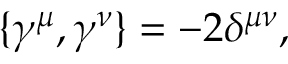
\{ \gamma ^ { \mu } , \gamma ^ { \nu } \} = - 2 \delta ^ { \mu \nu } ,